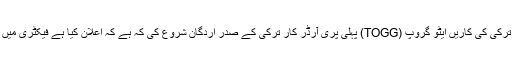
[مزید ...]
وزیر اعظم رجب طیب اردگان، ترکی کار متعارف کرایا گیا ہے. ترکی کی کاریں ایٹو گروپ (TOGG) پہلی پری آرڈر کار ترکی کے صدر اردگان شروع کی کہ ہے کہ اعلان کیا ہے فیکٹری میں تیار کاروں برسا Gemlik میں قائم کیا جائے گا. صدر [مزید ...]
گھریلو کاروں کی پہلی تصویر جس کا اشتراک ٹوگ جی نے کیا۔